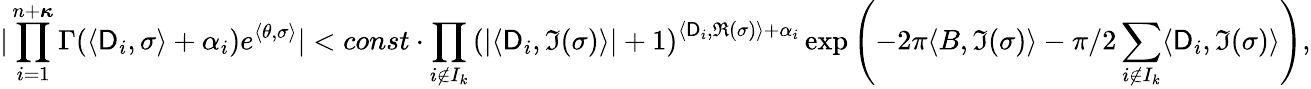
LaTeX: |\prod_{i=1}^{n+{\boldsymbol{\kappa}}}\Gamma(\langle\mathsf{D}_{i},\sigma\rangle+\alpha_{i})e^{\langle\theta,\sigma\rangle}|<const\cdot\prod_{i\notin I_{k}}\left(|\langle\mathsf{D}_{i},\Im(\sigma)\rangle|+1\right)^{\langle\mathsf{D}_{i},\Re(\sigma)\rangle+\alpha_{i}}\exp\left(-2\pi\langle B,\Im(\sigma)\rangle-\pi/2\sum_{i\notin I_{k}}\langle\mathsf{D}_{i},\Im(\sigma)\rangle\right),